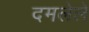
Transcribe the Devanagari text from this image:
दमलेले